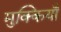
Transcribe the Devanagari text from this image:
मुक्कियाँ